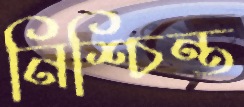
নিশ্চিন্ত